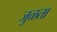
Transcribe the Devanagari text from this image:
जुळता